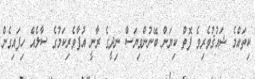
ކިތައްމެ ޝައުޤުވެރިވެ ފޮތް ކިޔަން ބޭނުންވިޔަސް ނިދީގެ ރާނީ އުފާވެރިކަމުގެ ސާލެއް ހިފައިގެން